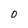
Character: 0